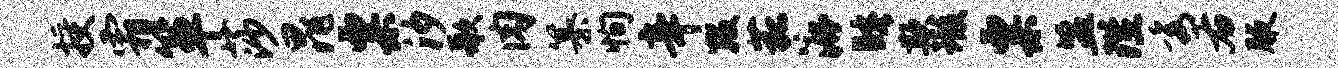
授霜箪莎晁粟汐歌肉纂恂辛数菰漉睡欺瑕粟盟陛秀右腋